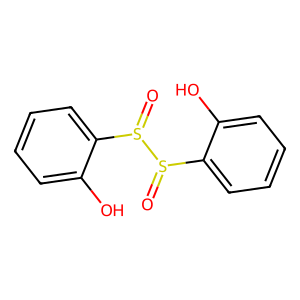
SMILES: O=S(c1ccccc1O)S(=O)c1ccccc1O
Inhibits HIV replication: Yes